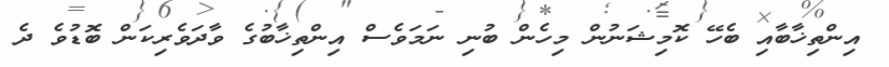
އިންތިޚާބާއި ބެހޭ ކޮމިޝަނުން މިހެން ބުނި ނަމަވެސް އިންތިޚާބުގެ ވާދަވެރިކަން ބޮޑުވެ ދެ